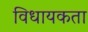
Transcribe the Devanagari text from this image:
विधायकता